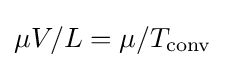
\mu V/L=\mu /T_{\text{conv}}